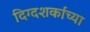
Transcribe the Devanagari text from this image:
दिग्दशर्कांच्या